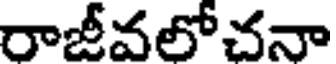
రాజీవలో చనా